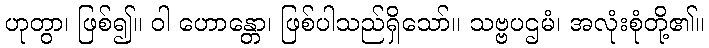
ဟုတွာ၊ ဖြစ်၍။ ဝါ ဟောန္တော၊ ဖြစ်ပါသည်ရှိသော်။ သဗ္ဗပဌမံ၊ အလုံးစုံတို့၏။